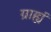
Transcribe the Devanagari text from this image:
ग्राह्यं